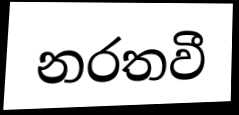
නරතවී